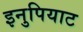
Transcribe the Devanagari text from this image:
इनुपियाट